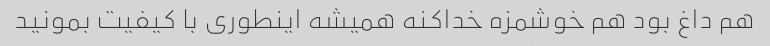
هم داغ بود هم خوشمزه خداکنه همیشه اینطوری با کیفیت بمونید